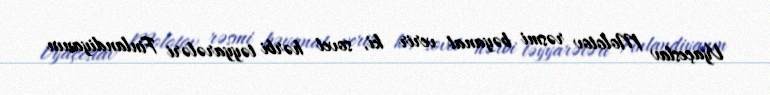
Vyaçeslav Molotov rəsmi bəyanat verir ki, sovet hərbi təyyarələri Finlandiyanın